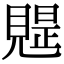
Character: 𧡭